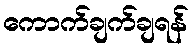
ကောက်ချက်ချရန်